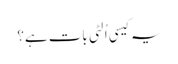
یہ کیسی اُلٹی بات ہے؟